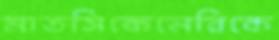
মাতসিকেনেরিকে